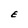
Character: E